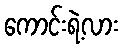
ကောင်းရဲ့လား